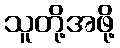
သူတို့အဖို့